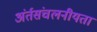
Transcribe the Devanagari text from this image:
अंर्तसंचलनीयता